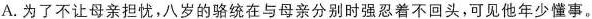
A.为了不让母亲担忧，八岁的骆统在与母亲分别时强忍着不回头，可见他年少懂事。